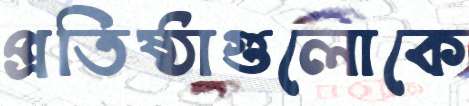
প্রতিষ্ঠাগুলোকে